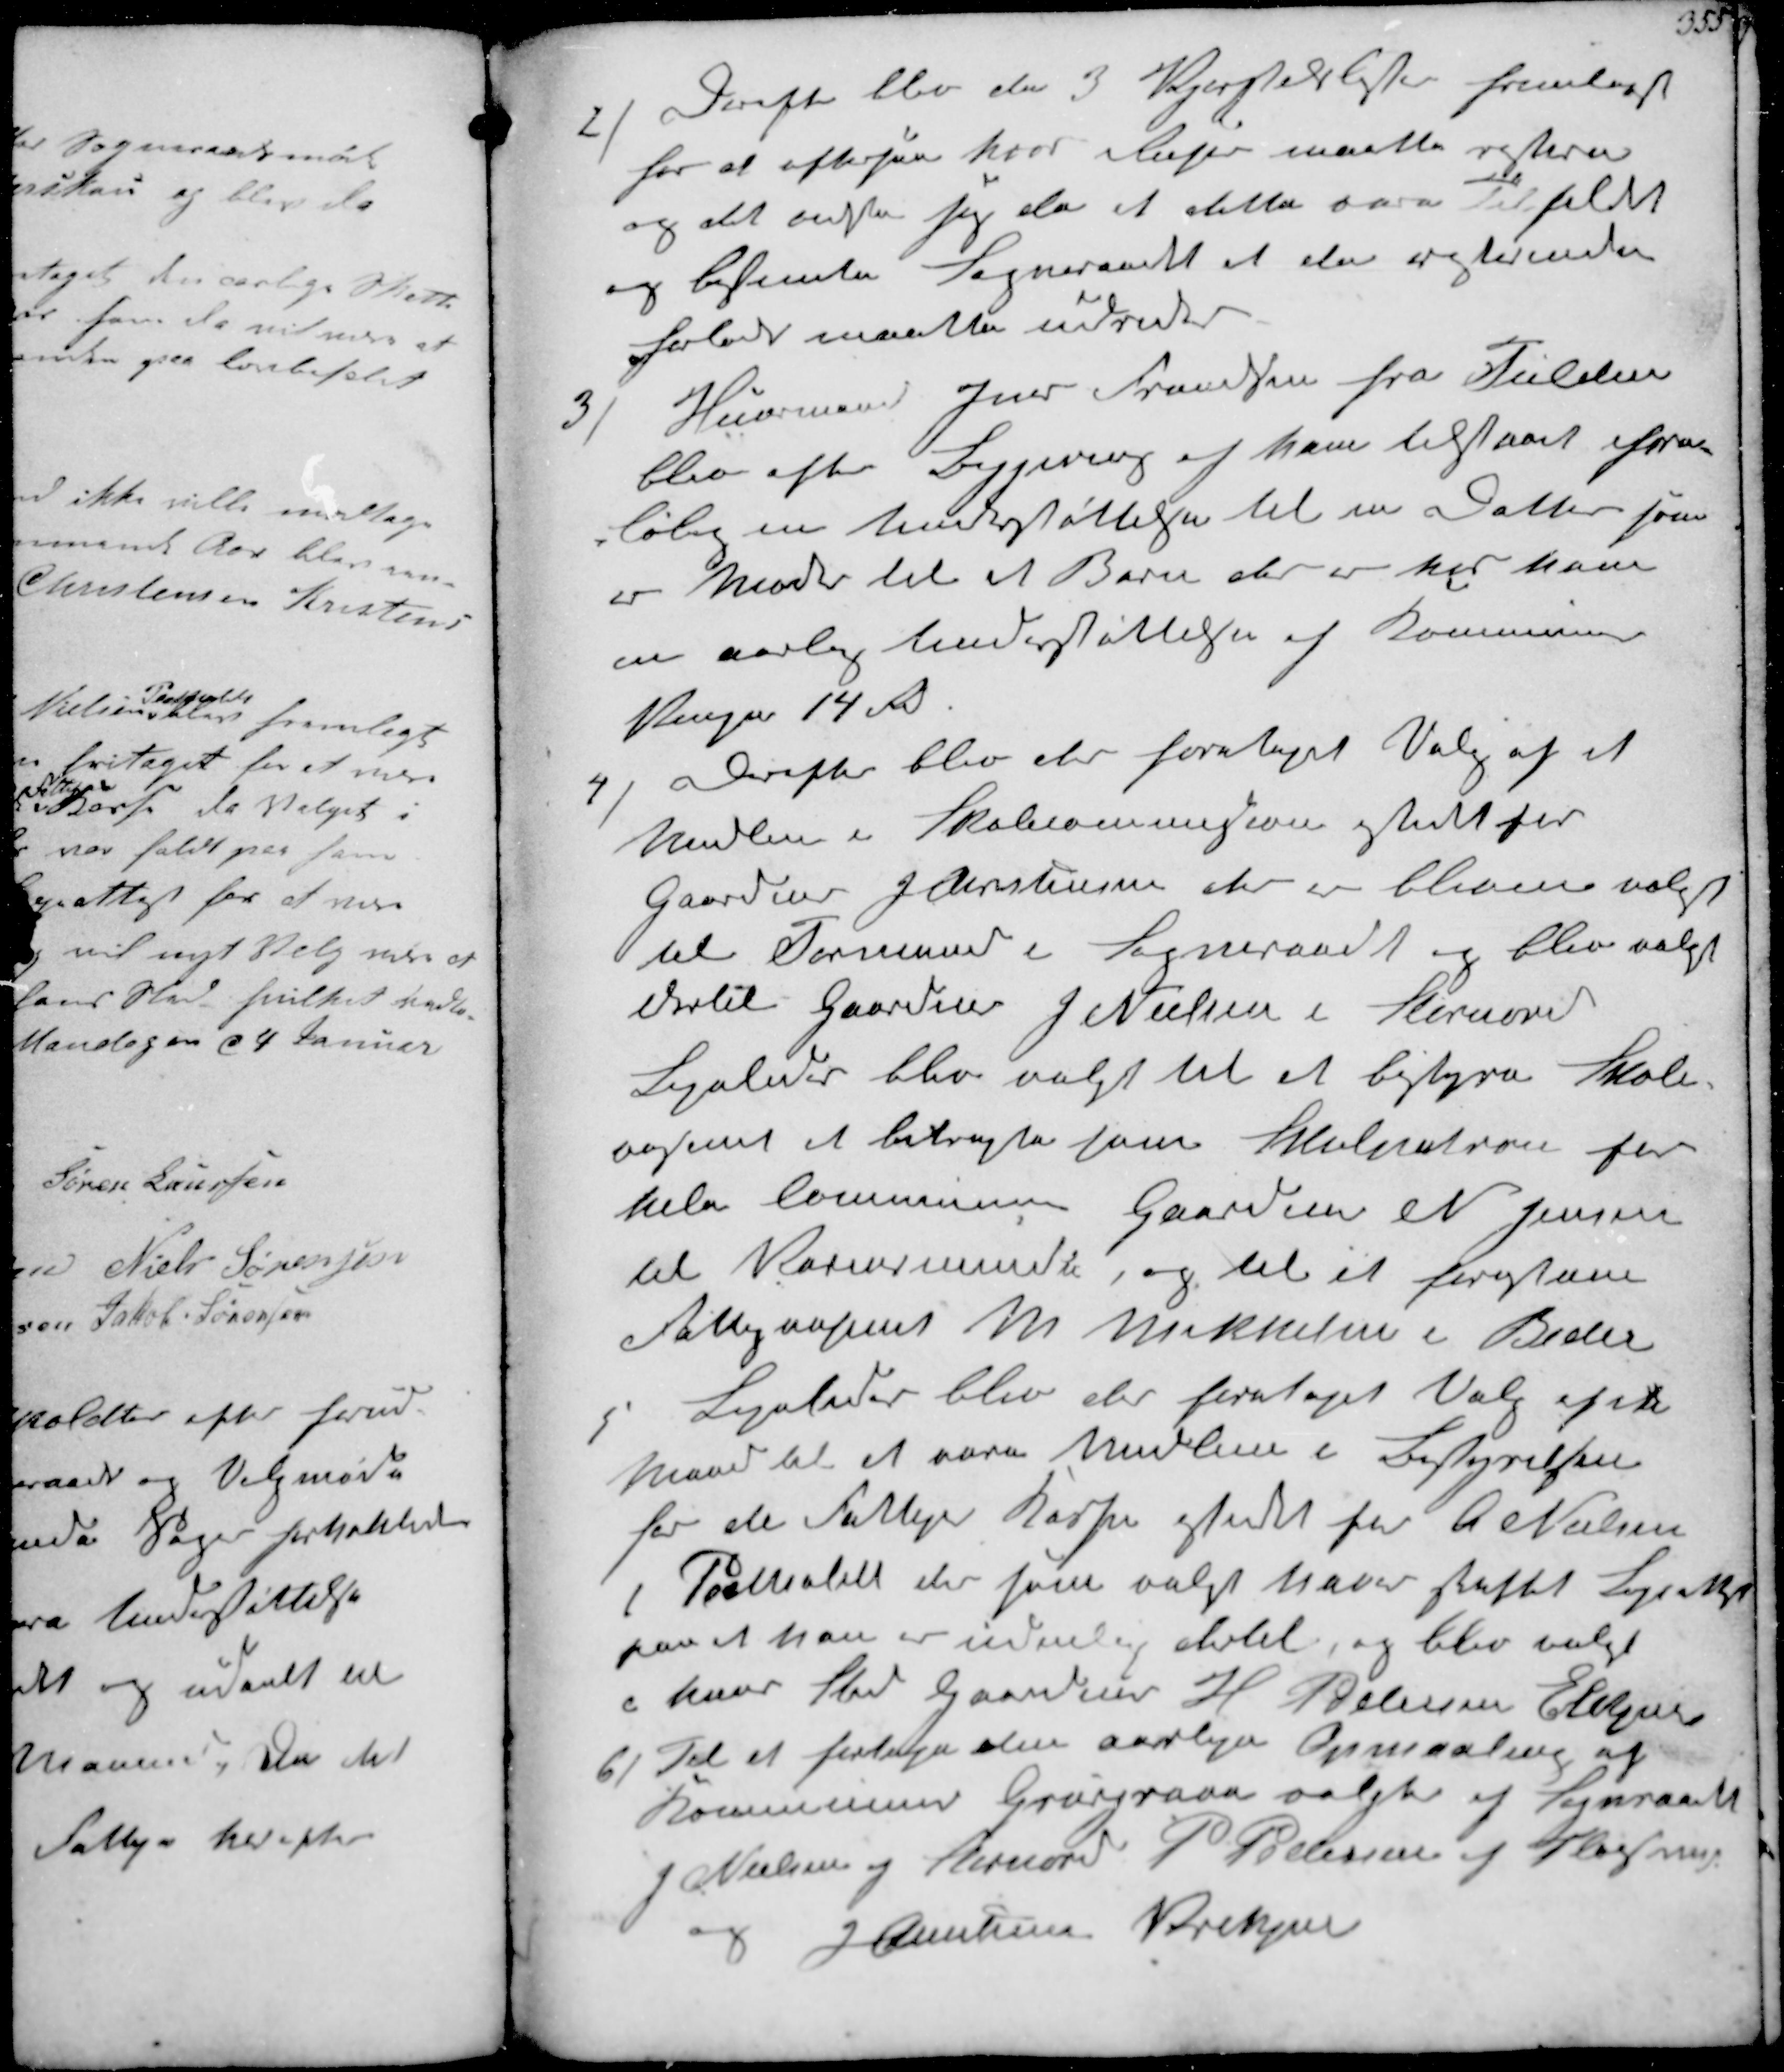
Transskription:
2/
Derefter blev de 3 Vjerstedslister fremlagt
for at eftergaa hvor Sager maatte restere
og det anstaa sig da at dette vare tilfældet
og bestemte Sogneraadet at de resterende
forlods maatte udredes

3/
Huusmand Jens Frandsen fra Fulden
bleve efter Begjæring af ham tilstaaet fore-
løbig en Understøttelse til en Datter som
er Moder til at Barn der er hos ham
en aarlig Understøttelse af Kommunen
Penge 14 Rd

4/
Derefter blev der foretaget Valg af et
Medlem i Skolecommission istedet for
Gaardmd J Christensen er er bleven valgt
til Formand i Sogneraadet og blev valgt
dertil Gaardeier J Nielsen i Storenord
Ligeledes blev valgt til at bestyre Skole
væsenet at betragte som Skolevæsen for
hele Communen Gaardm N Jensen
til Karensminde og til at forestaa-
Fattigvæsenet M. Mikkelsen i Beder

5/
Ligeledes blev der foretaget Valg af  
Mand til at være Medlem i Bestyrelsen
for de Fattiges Kasse istedet for A Nielsen
i Pedholt der som valgt haver skaffet Sygeattest
paa at han er uduelig dertil , og blev valgt
i hans Sted Gaardeier H Petersen Elkjær

6/
Til at fortage om aarlige Opmaaling af
Kommunen Grusgrave valgtes af Sogneraadet
J Nielsen af Stornord, P Pedersen af Fløistrup
og J Christensen Krekjær